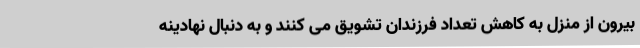
بیرون از منزل به کاهش تعداد فرزندان تشویق می کنند و به دنبال نهادینه